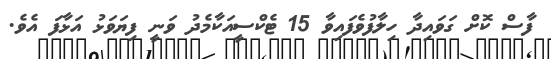
ފާސް ކޮށް ގަވައިދާ ހިލާފުވެފައިވާ 15 ޓެކްސީއަކާމެދު ވަނީ ފިޔަވަޅު އަޅާފަ އެވެ.